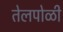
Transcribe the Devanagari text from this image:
तेलपोळी